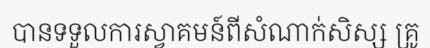
បានទទួលការស្វាគមន៍ពីសំណាក់សិស្ស គ្រូ